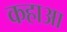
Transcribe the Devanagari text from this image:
कहाआ